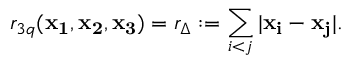
r _ { 3 q } ( { \bf x _ { 1 } } , { \bf x _ { 2 } } , { \bf x _ { 3 } } ) = r _ { \Delta } : = \sum _ { i < j } | { \bf x _ { i } } - { \bf x _ { j } } | .